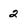
Character: 2